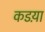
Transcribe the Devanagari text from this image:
कडय़ा